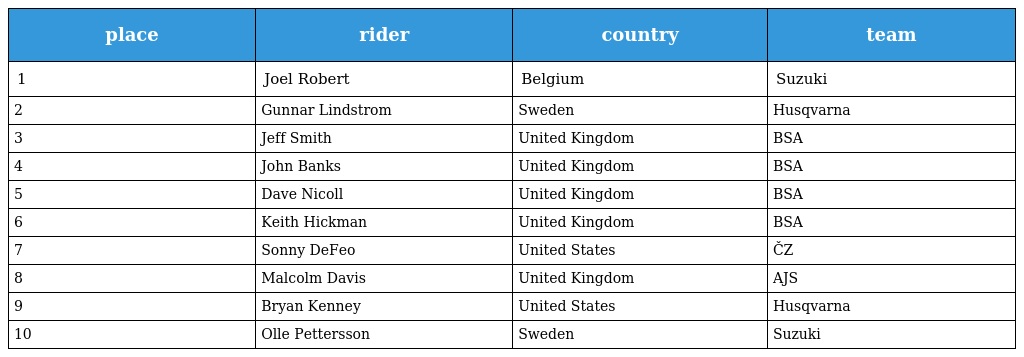
| place | rider | country | team |
 | --- | --- | --- | --- |
 | 1 | Joel Robert | Belgium | Suzuki |
 | 2 | Gunnar Lindstrom | Sweden | Husqvarna |
 | 3 | Jeff Smith | United Kingdom | BSA |
 | 4 | John Banks | United Kingdom | BSA |
 | 5 | Dave Nicoll | United Kingdom | BSA |
 | 6 | Keith Hickman | United Kingdom | BSA |
 | 7 | Sonny DeFeo | United States | ČZ |
 | 8 | Malcolm Davis | United Kingdom | AJS |
 | 9 | Bryan Kenney | United States | Husqvarna |
 | 10 | Olle Pettersson | Sweden | Suzuki |